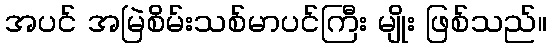
အပင် အမြဲစိမ်းသစ်မာပင်ကြီး မျိုး ဖြစ်သည်။